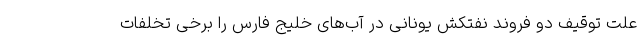
علت توقیف دو فروند نفتکش یونانی در آب‌های خلیج فارس را برخی تخلفات